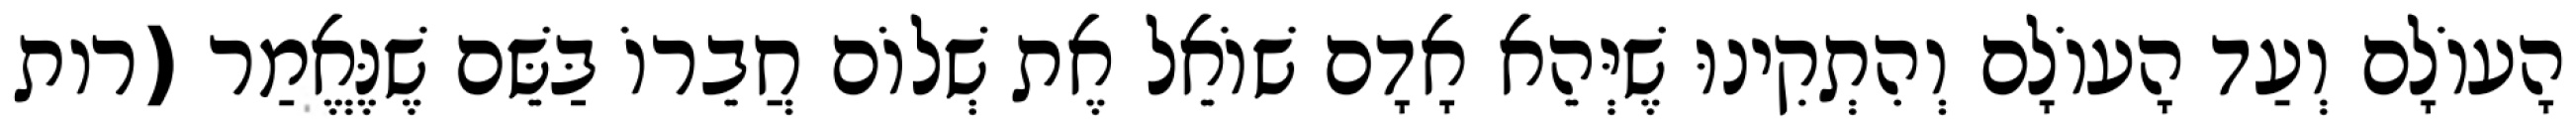
הָעוֹלָם וְעַד הָעוֹלָם וְהִתְקִינוּ שֶׁיְּהֵא אָדָם שׁוֹאֵל אֶת שְׁלוֹם חֲבֵרוֹ בַּשֵּׁם שֶׁנֶּאֱמַר (רות